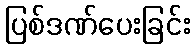
ပြစ်ဒဏ်ပေးခြင်း